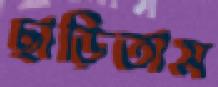
ছাড়িতাম